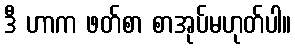
ဒီ ဟာက ဖတ်စာ စာအုပ်မဟုတ်ပါ။